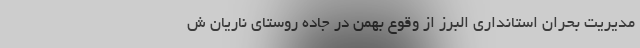
مدیریت بحران استانداری البرز از وقوع بهمن در جاده روستای ناریان ش